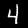
Label: 4